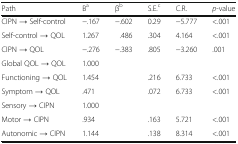
<table><thead><tr><td><b>Path</b></td><td><b>B<sup>a</sup></b></td><td><b>β<sup>b</sup></b></td><td><b>S.E.<sup>c</sup></b></td><td><b>C.R.</b></td><td><b><i>p</i>-value</b></td></tr></thead><tbody><tr><td>CIPN → Self-control</td><td>−.167</td><td>−.602</td><td>0.29</td><td>−5.777</td><td>&lt;.001</td></tr><tr><td>Self-control → QOL</td><td>1.267</td><td>.486</td><td>.304</td><td>4.164</td><td>&lt;.001</td></tr><tr><td>CIPN → QOL</td><td>−.276</td><td>−.383</td><td>.805</td><td>−3.260</td><td>.001</td></tr><tr><td>Global QOL → QOL</td><td>1.000</td><td></td><td></td><td></td><td></td></tr><tr><td>Functioning → QOL</td><td>1.454</td><td></td><td>.216</td><td>6.733</td><td>&lt;.001</td></tr><tr><td>Symptom → QOL</td><td>.471</td><td></td><td>.072</td><td>6.733</td><td>&lt;.001</td></tr><tr><td>Sensory → CIPN</td><td>1.000</td><td></td><td></td><td></td><td></td></tr><tr><td>Motor → CIPN</td><td>.934</td><td></td><td>.163</td><td>5.721</td><td>&lt;.001</td></tr><tr><td>Autonomic → CIPN</td><td>1.144</td><td></td><td>.138</td><td>8.314</td><td>&lt;.001</td></tr></tbody></table>